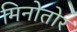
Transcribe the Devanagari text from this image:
मिनोतोर